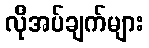
လိုအပ်ချက်များ